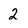
Character: 2